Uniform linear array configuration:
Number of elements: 16
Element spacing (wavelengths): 0.5
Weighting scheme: binomial
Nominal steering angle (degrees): -60
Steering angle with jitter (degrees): -61.337
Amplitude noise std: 0.05
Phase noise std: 0.05

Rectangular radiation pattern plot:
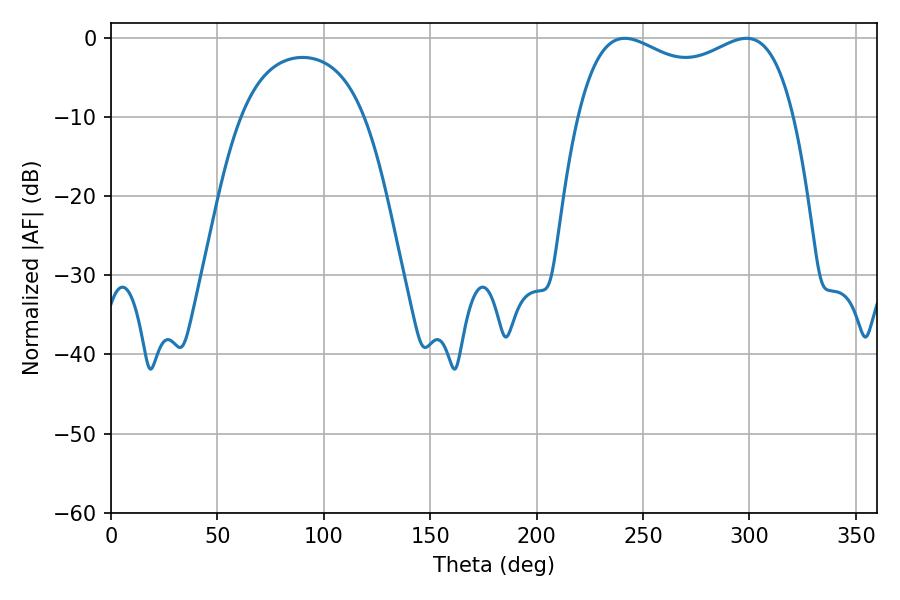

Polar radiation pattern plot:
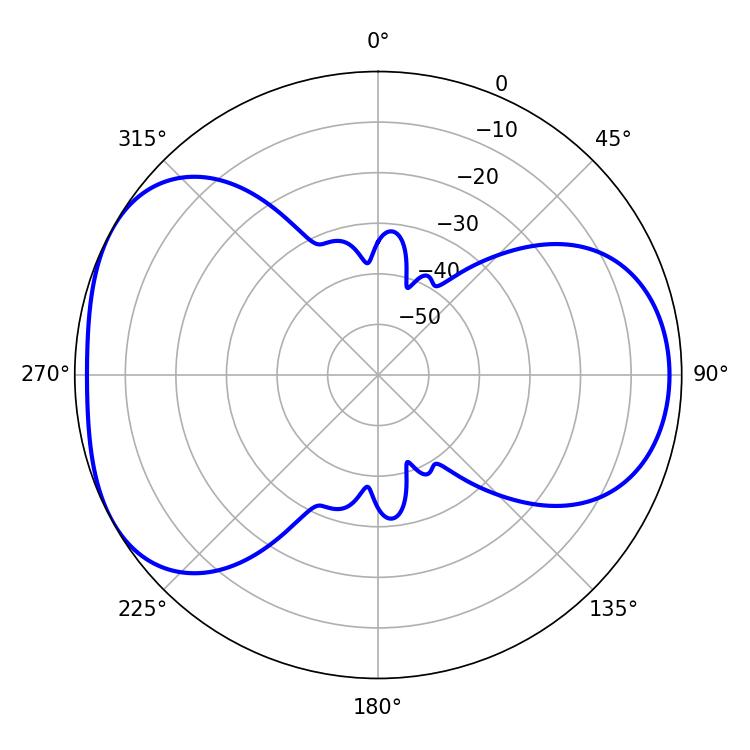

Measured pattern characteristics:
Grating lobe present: FALSE
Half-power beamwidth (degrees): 83.88
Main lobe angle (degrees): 241.38